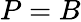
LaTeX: P=B